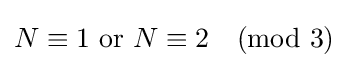
N\equiv 1{\text{ or }}N\equiv 2{\pmod {3}}